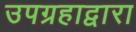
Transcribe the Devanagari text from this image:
उपग्रहाद्वारा